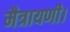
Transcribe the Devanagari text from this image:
मैत्रायणी।